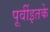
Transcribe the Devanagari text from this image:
पूर्वीइतके